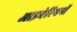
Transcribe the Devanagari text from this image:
आइबेरियनों